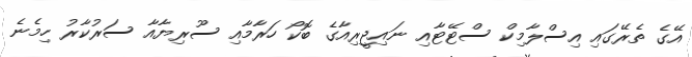
އޭގެ ތެރޭގައި އިސްލާމިކް ސްޓޭޓާއި ނައިޖީރިއާގެ ބޮކޯ ހަރާމާއި ސޫރިޔާއާ ސަރުކާރު ހިމެނެ